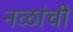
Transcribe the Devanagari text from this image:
नळांची